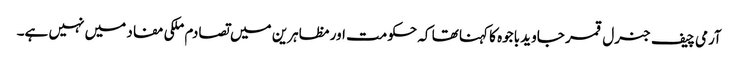
آرمی چیف جنرل قمر جاوید باجوہ کا کہنا تھا کہ حکومت اور مظاہرین میں تصادم ملکی مفاد میں نہیں ہے۔